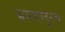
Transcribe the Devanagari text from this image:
भ्रमणातूनच